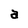
Character: a